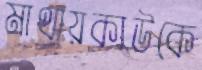
মাথায়কাউকে